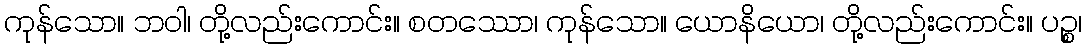
ကုန်သော။ ဘဝါ၊ တို့လည်းကောင်း။ စတဿော၊ ကုန်သော။ ယောနိယော၊ တို့လည်းကောင်း။ ပဉ္စ၊